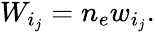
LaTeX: \begin{array}{r}{W_{i_{j}}=n_{e}w_{i_{j}}.}\end{array}